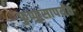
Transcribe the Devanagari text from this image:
फुप्फुसापर्यंत